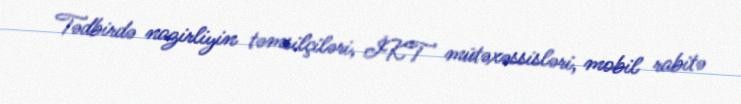
Tədbirdə nazirliyin təmsilçiləri, İKT mütəxəssisləri, mobil rabitə